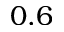
0 . 6